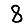
Digit: 8